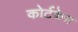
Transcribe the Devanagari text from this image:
कोर्टकेस